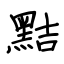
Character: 黠